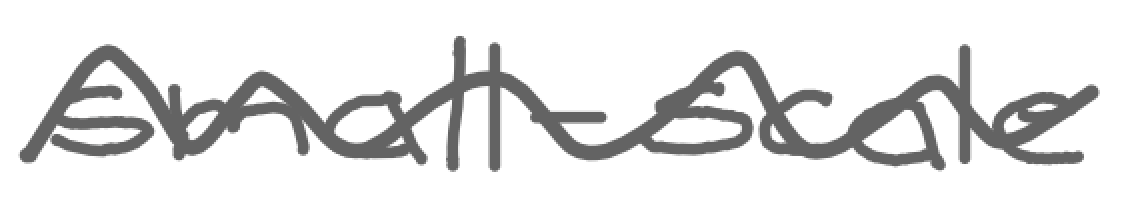
Text: small-scale
Cross-out: wave
Writing tool: digital_gray